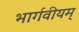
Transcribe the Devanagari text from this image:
भार्गवीयम्